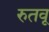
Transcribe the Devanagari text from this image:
रुतवू